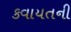
કવાયતની